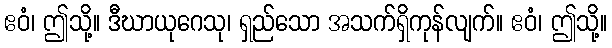
ဧဝံ၊ ဤသို့။ ဒီဃာယုဂေသု၊ ရှည်သော အသက်ရှိကုန်လျက်။ ဧဝံ၊ ဤသို့။